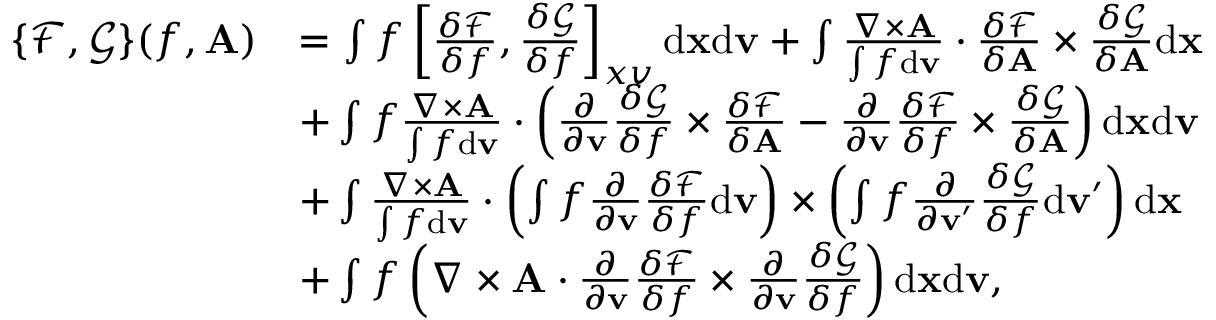
\begin{array} { r l } { \{ \mathcal { F } , \mathcal { G } \} ( f , { \mathbf A } ) } & { = \int f \left[ \frac { \delta \mathcal { F } } { \delta f } , \frac { \delta \mathcal { G } } { \delta f } \right] _ { x v } \mathrm { d } { \mathbf x } \mathrm { d } { \mathbf v } + \int \frac { \nabla \times { \mathbf A } } { \int f \mathrm { d } { \mathbf v } } \cdot \frac { \delta \mathcal { F } } { \delta { \mathbf A } } \times \frac { \delta \mathcal { G } } { \delta { \mathbf A } } \mathrm { d } { \mathbf x } } \\ & { + \int f \frac { \nabla \times { \mathbf A } } { \int f \mathrm { d } { \mathbf v } } \cdot \left( \frac { \partial } { \partial { \mathbf v } } \frac { \delta \mathcal { G } } { \delta f } \times \frac { \delta \mathcal { F } } { \delta { \mathbf A } } - \frac { \partial } { \partial { \mathbf v } } \frac { \delta \mathcal { F } } { \delta f } \times \frac { \delta \mathcal { G } } { \delta { \mathbf A } } \right) \mathrm { d } { \mathbf x } \mathrm { d } { \mathbf v } } \\ & { + \int \frac { \nabla \times { \mathbf A } } { \int f \mathrm { d } { \mathbf v } } \cdot \left( \int f \frac { \partial } { \partial { \mathbf v } } \frac { \delta \mathcal { F } } { \delta f } \mathrm { d } { \mathbf v } \right) \times \left( \int f \frac { \partial } { \partial { \mathbf v } ^ { \prime } } \frac { \delta \mathcal { G } } { \delta f } \mathrm { d } { \mathbf v } ^ { \prime } \right) \mathrm { d } { \mathbf x } } \\ & { + \int f \left( \nabla \times { \mathbf A } \cdot \frac { \partial } { \partial { \mathbf v } } \frac { \delta \mathcal { F } } { \delta f } \times \frac { \partial } { \partial { \mathbf v } } \frac { \delta \mathcal { G } } { \delta f } \right) \mathrm { d } { \mathbf x } \mathrm { d } { \mathbf v } , } \end{array}